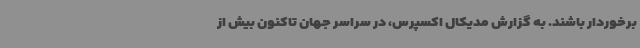
برخوردار باشند. به گزارش مدیکال اکسپرس، در سراسر جهان تاکنون بیش از